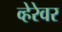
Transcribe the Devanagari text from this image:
व्हेरेवर